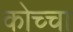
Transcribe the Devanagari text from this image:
कोच्चा